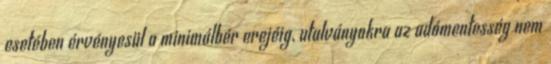
esetében érvényesül a minimálbér erejéig, utalványokra az adómentesség nem